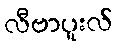
လီဗာပူးလ်